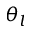
\theta _ { l }